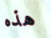
هذه